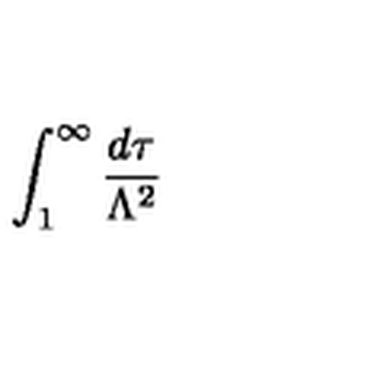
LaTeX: \int _ { 1 } ^ { \infty } \frac { d \tau } { \Lambda ^ { 2 } }